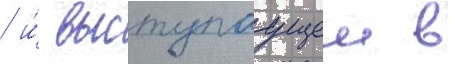
/ и́ выступаущеи в